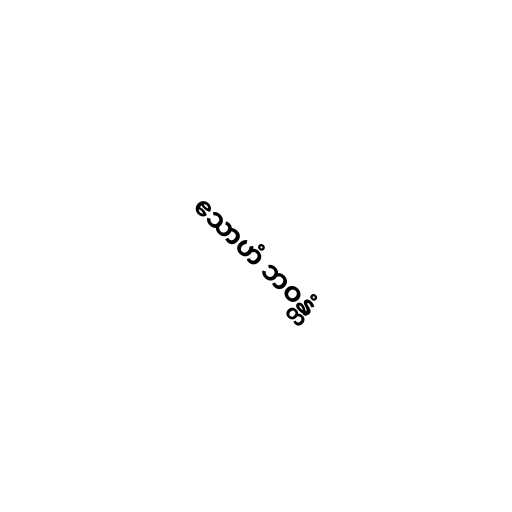
ဧသာဟံ ဘဝန္တံ